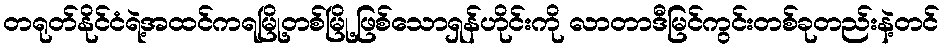
တရုတ်နိုင်ငံရဲ့အထင်ကရမြို့တစ်မြို့ဖြစ်သောရှန်ဟိုင်းကို လာတာဒီမြင်ကွင်းတစ်ခုတည်းနဲ့တင်